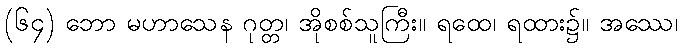
(၆၄) ဘော မဟာသေန ဂုတ္တ၊ အိုစစ်သူကြီး။ ရထေ၊ ရထား၌။ အဿေ၊